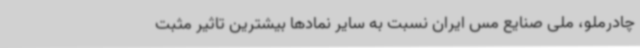
چادرملو، ملی صنایع مس ایران نسبت به سایر نمادها بیشترین تاثیر مثبت